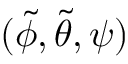
( \tilde { \phi } , \tilde { \theta } , \psi )